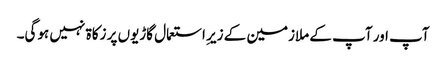
آپ اور آپ کے ملازمین کے زیرِ استعمال گاڑیوں پر زکاۃ نہیں ہوگی۔